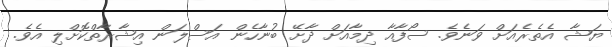
ޔަޝާ އެތެރެއަށް ވަނެވެ. ސޯފާއާ ދިމާއަށް ދާށޭ ބުނާހެން އަސްލަން އިޝާރާތްކޮށްލި އެވެ.